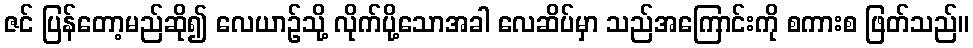
ဇင် ပြန်တော့မည်ဆို၍ လေယာဉ်သို့ လိုက်ပို့သောအခါ လေဆိပ်မှာ သည်အကြောင်းကို စကားစ ဖြတ်သည်။